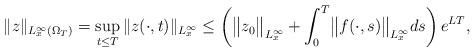
LaTeX: \begin{align*}\|z\|_{L^{\infty}_x(\Omega_{T})} =\sup_{t\le T} \|z(\cdot,t)\|_{L^{\infty}_x} &\le\left(\bigl\|z_0\bigr\|_{L^{\infty}_x} + \int_0^T \bigl\|f(\cdot,s)\bigr\|_{L^{\infty}_x} ds\right) e^{LT},\end{align*}